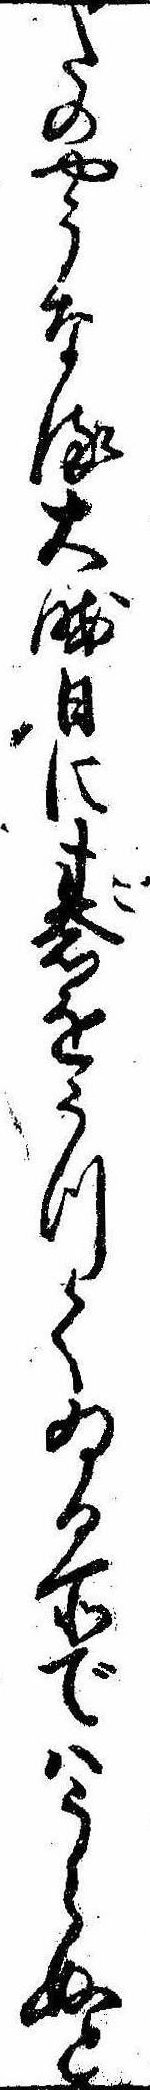
たのやうなる大晦日に碁をうつてゐる所ではうらぬと